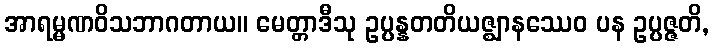
အာရမ္မဏဝိသဘာဂတာယ။ မေတ္တာဒီသု ဥပ္ပန္နတတိယဇ္ဈာနဿေဝ ပန ဥပ္ပဇ္ဇတိ,